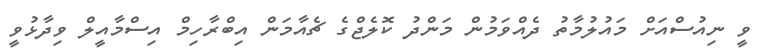
ވީ ނިއުސްއަށް މައުލުމާތު ދެއްވަމުން މަންދު ކޮލެޖްގެ ޗެއާމަން އިބްރާހިމް އިސްމާއީލް ވިދާޅުވީ